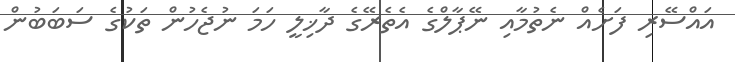
އައްސޭރި ފަށެއް ނެތުމާއި ނޭޕާލްގެ އެތެރޭގެ ދާޚިލީ ހަމަ ނުޖެހުން ތަކުގެ ސަބަބުން